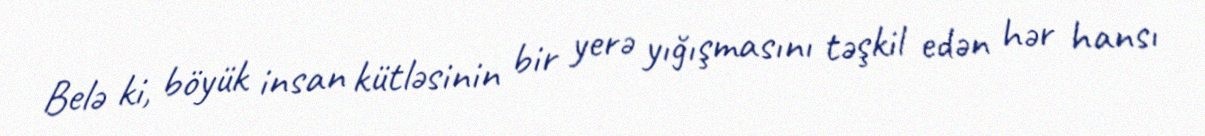
Belə ki, böyük insan kütləsinin bir yerə yığışmasını təşkil edən hər hansı